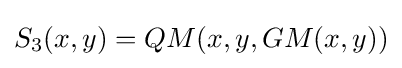
S_{3}(x,y)=QM(x,y,GM(x,y))